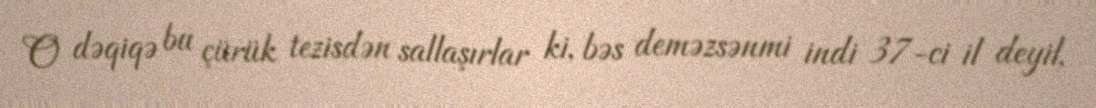
O dəqiqə bu çürük tezisdən sallaşırlar ki, bəs deməzsənmi indi 37-ci il deyil,